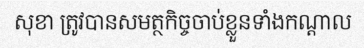
សុខា ត្រូវបានសមត្ថកិច្ចចាប់ខ្លួនទាំងកណ្តាល